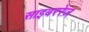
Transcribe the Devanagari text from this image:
साइबररेज़